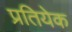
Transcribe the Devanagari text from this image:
प्रतियेक